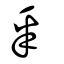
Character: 釆